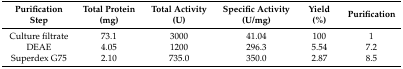
<table><thead><tr><td><b>Purification Step</b></td><td><b>Total Protein (mg)</b></td><td><b>Total Activity (U)</b></td><td><b>Specific Activity (U/mg)</b></td><td><b>Yield (%)</b></td><td><b>Purification</b></td></tr></thead><tbody><tr><td>Culture filtrate</td><td>73.1</td><td>3000</td><td>41.04</td><td>100</td><td>1</td></tr><tr><td>DEAE</td><td>4.05</td><td>1200</td><td>296.3</td><td>5.54</td><td>7.2</td></tr><tr><td>Superdex G75</td><td>2.10</td><td>735.0</td><td>350.0</td><td>2.87</td><td>8.5</td></tr></tbody></table>